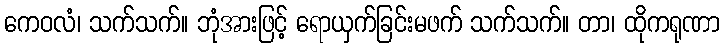
ကေဝလံ၊ သက်သက်။ ဘုံအားဖြင့် ရောယှက်ခြင်းမဖက် သက်သက်။ တာ၊ ထိုကရုဏာ